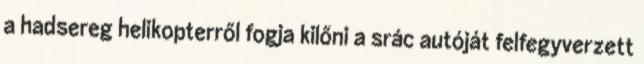
a hadsereg helikopterről fogja kilőni a srác autóját felfegyverzett